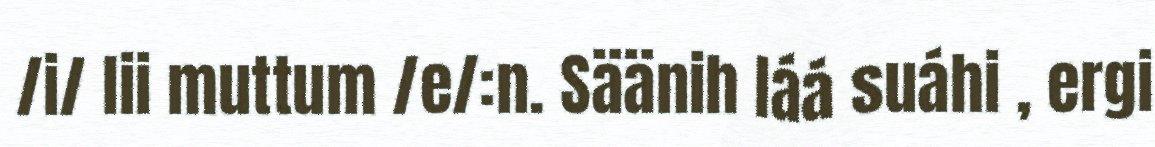
/i/ lii muttum /e/:n. Säänih láá suáhi , ergi